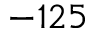
- 1 2 5